Malaria in the Duars
Disease focus: Malaria
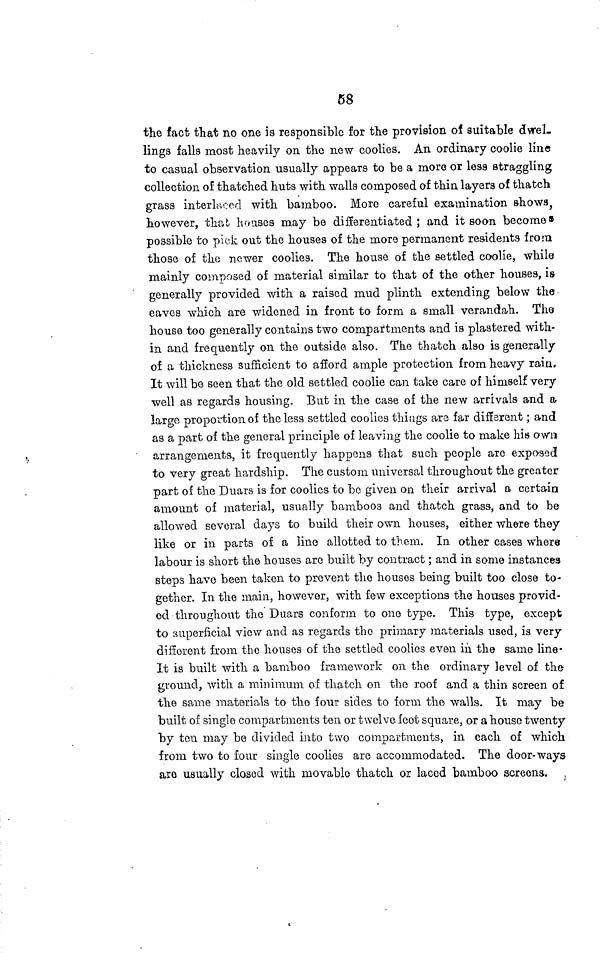
68
the fact that no one is responsible for the provision of suitable dwel-
lings falls most heavily on the new coolies. An ordinary coolie line
to casual observation usually appears to be a more or less straggling
collection of thatched huts with walls composed of thin layers of thatch
grass interlaced with bamboo. More careful examination shows,
however, that houses may be differentiated ; and it soon becomes
possible to pick out the houses of the more permanent residents from
those of the newer coolies. The house of the settled coolie, while
mainly composed of material similar to that of the other houses, is
generally provided with a raised mud plinth extending below the-
eaves which are widened in front to form a small verandah. The
house too generally contains two compartments and is plastered with-
in and frequently on the outside also. The thatch also is generally
of a thickness sufficient to afford ample protection from heavy rain,
It will be seen that the old settled coolie can take care of himself very
well as regards housing. But in the case of the new arrivals and a
largo proportion of the less settled coolies things are far different; and
as a part of the general principle of leaving the coolie to make his own
arrangements, it frequently happens that such people are exposed
to very great hardship. The custom universal throughout the greater
part of the Duars is for coolies to be given on their arrival a certain
amount of material, usually bamboos and thatch grass, and to be
allowed several days to build their own houses, either where they
like or in parts of a line allotted to them. In other cases where
labour is short the houses are built by contract; and in some instances
steps have been taken to prevent the houses being built too close to-
gether. In the main, however, with few exceptions the houses provid-
ed throughout the Duars conform to one type. This type, except
to superficial view and as regards the primary materials used, is very
different from the houses of the settled coolies even in the same line-
It is built with a bamboo framework on the ordinary level of the
ground, with a minimum of thatch on the roof and a thin screen of
the same materials to the four sides to form the walls. It may be
built of single compartments ten or twelve feet square, or a house twenty
by ten may be divided into two compartments, in each of which
from two to four single coolies are accommodated. The door-ways
are usually closed with movable thatch or laced bamboo screens.